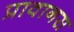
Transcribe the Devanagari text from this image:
प्रावानस